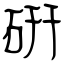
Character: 硏